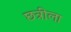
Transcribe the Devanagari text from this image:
छत्रीला